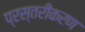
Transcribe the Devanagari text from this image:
प्रस्तरीकरण